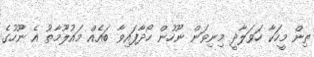
ތިން މީހަކާ ހަވަލާދީ މިނިވަން ނޫހުން ހޯދާފައިވާ ބައެއް މައުލޫމާތު އެ ނޫހުގެ